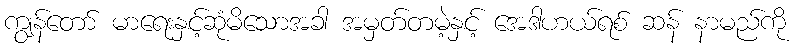
ကျွန်တော် မာရေးနှင့်ဆုံမိသောအခါ အမှတ်တမဲ့နှင့် အေဒါဟယ်ရစ် ဆန် နာမည်ကို